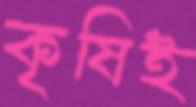
কৃষিই